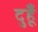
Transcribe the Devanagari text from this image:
दुहूँ